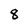
Character: 8